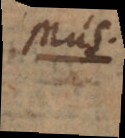
Mus.